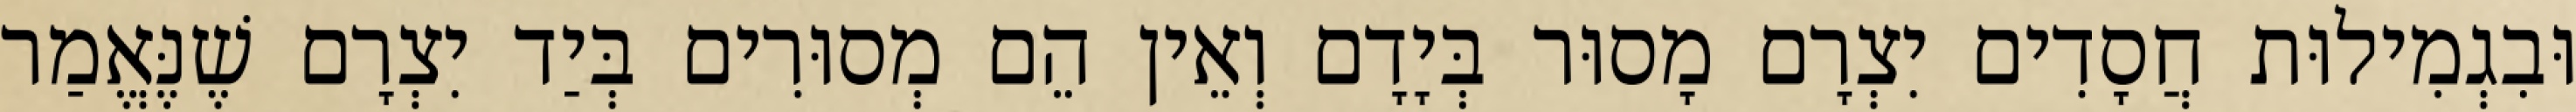
וּבִגְמִילוּת חֲסָדִים יִצְרָם מָסוּר בְּיָדָם וְאֵין הֵם מְסוּרִים בְּיַד יִצְרָם שֶׁנֶּאֱמַר